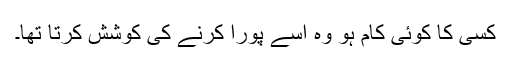
کسی کا کوئی کام ہو وہ اسے پورا کرنے کی کوشش کرتا تھا۔